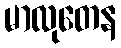
မာလုတေန